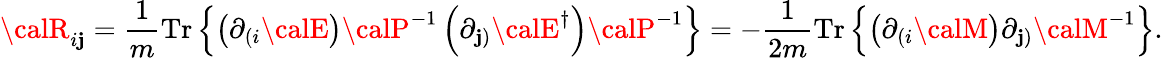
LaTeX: {\calR}_{i\mathbf{j}}=\frac{{1}}{{m}}\mathrm{{Tr}}\left\{ \left(\partial_{(i}{\calE}\right){\calP}^{-1}\left(\partial_{\mathbf{j})}{\calE}^{\dagger}\right){\calP}^{-1}\right\} =-\frac{{1}}{{2m}}\mathrm{{Tr}}\left\{ \left(\partial_{(i}{\calM}\right)\partial_{\mathbf{j})}{\calM}^{-1}\right\} .